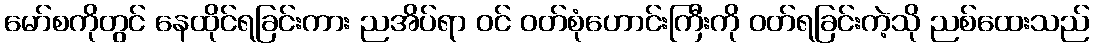
မော်စကိုတွင် နေထိုင်ရခြင်းကား ညအိပ်ရာ ဝင် ဝတ်စုံဟောင်းကြီးကို ဝတ်ရခြင်းကဲ့သို ညစ်ထေးသည်